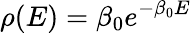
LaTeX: \rho(E)=\beta_{0}e^{-\beta_{0}E}